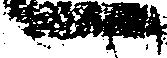
へ